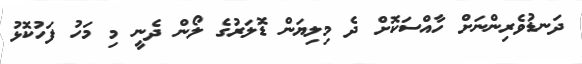
ދަނޑުވެރިންނަށް ހާއްސަކޮށް ދެ މިލިޔަން ޑޮލަރުގެ ލޯން ދެނީ މި މަހު ފަހުކޮޅު